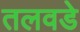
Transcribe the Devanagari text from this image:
तलवडे